Problem: 44 + 19 = ?
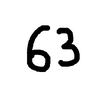
Handwritten answer: 63